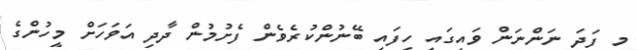
މި ފަދަ ނަންނަން ވައިގައި ހިފައި ބޭނުންކުރެވެން ފެށުމުން ދާދި އަވަހަށް މީހުންގެ